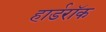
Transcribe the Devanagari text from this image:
हार्डरॉक